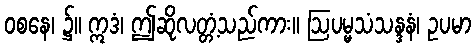
ဝစနေ၊ ၌။ ဣဒံ၊ ဤဆိုလတ္တံ့သည်ကား။ ဩပမ္မသံသန္ဒနံ၊ ဥပမာ